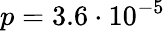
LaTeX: p=3.6\cdot 10^{-5}